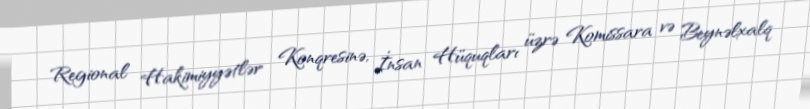
Regional Hakimiyyətlər Konqresinə, İnsan Hüquqları üzrə Komissara və Beynəlxalq